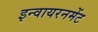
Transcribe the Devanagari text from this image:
इन्वायरनमेंट